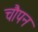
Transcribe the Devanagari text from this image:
चौपन